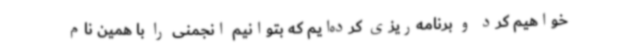
خواهیم کرد و برنامه‌ریزی کرده‌ایم که بتوانیم انجمنی را با همین نام